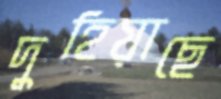
দুহিয়াছে